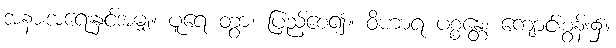
အနားအရေးနှင့်အမျှ။ ပူရေ တွာ၊ ပြည့်စေ၍။ ဝိဟာရ ပစ္စန္တေ၊ ကျောင်းစွန်း၌။